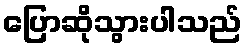
ပြောဆိုသွားပါသည်